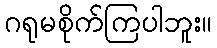
ဂရုမစိုက်ကြပါဘူး။